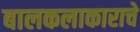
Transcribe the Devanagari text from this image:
बालकलाकाराचे